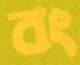
বং